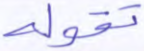
تقوله